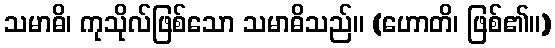
သမာဓိ၊ ကုသိုလ်ဖြစ်သော သမာဓိသည်။ (ဟောတိ၊ ဖြစ်၏။)